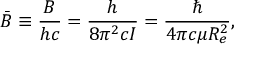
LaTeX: { \bar { B } } \equiv { \frac { B } { h c } } = { \frac { h } { 8 \pi ^ { 2 } c I } } = { \frac { \hbar } { 4 \pi c \mu R _ { e } ^ { 2 } } } ,